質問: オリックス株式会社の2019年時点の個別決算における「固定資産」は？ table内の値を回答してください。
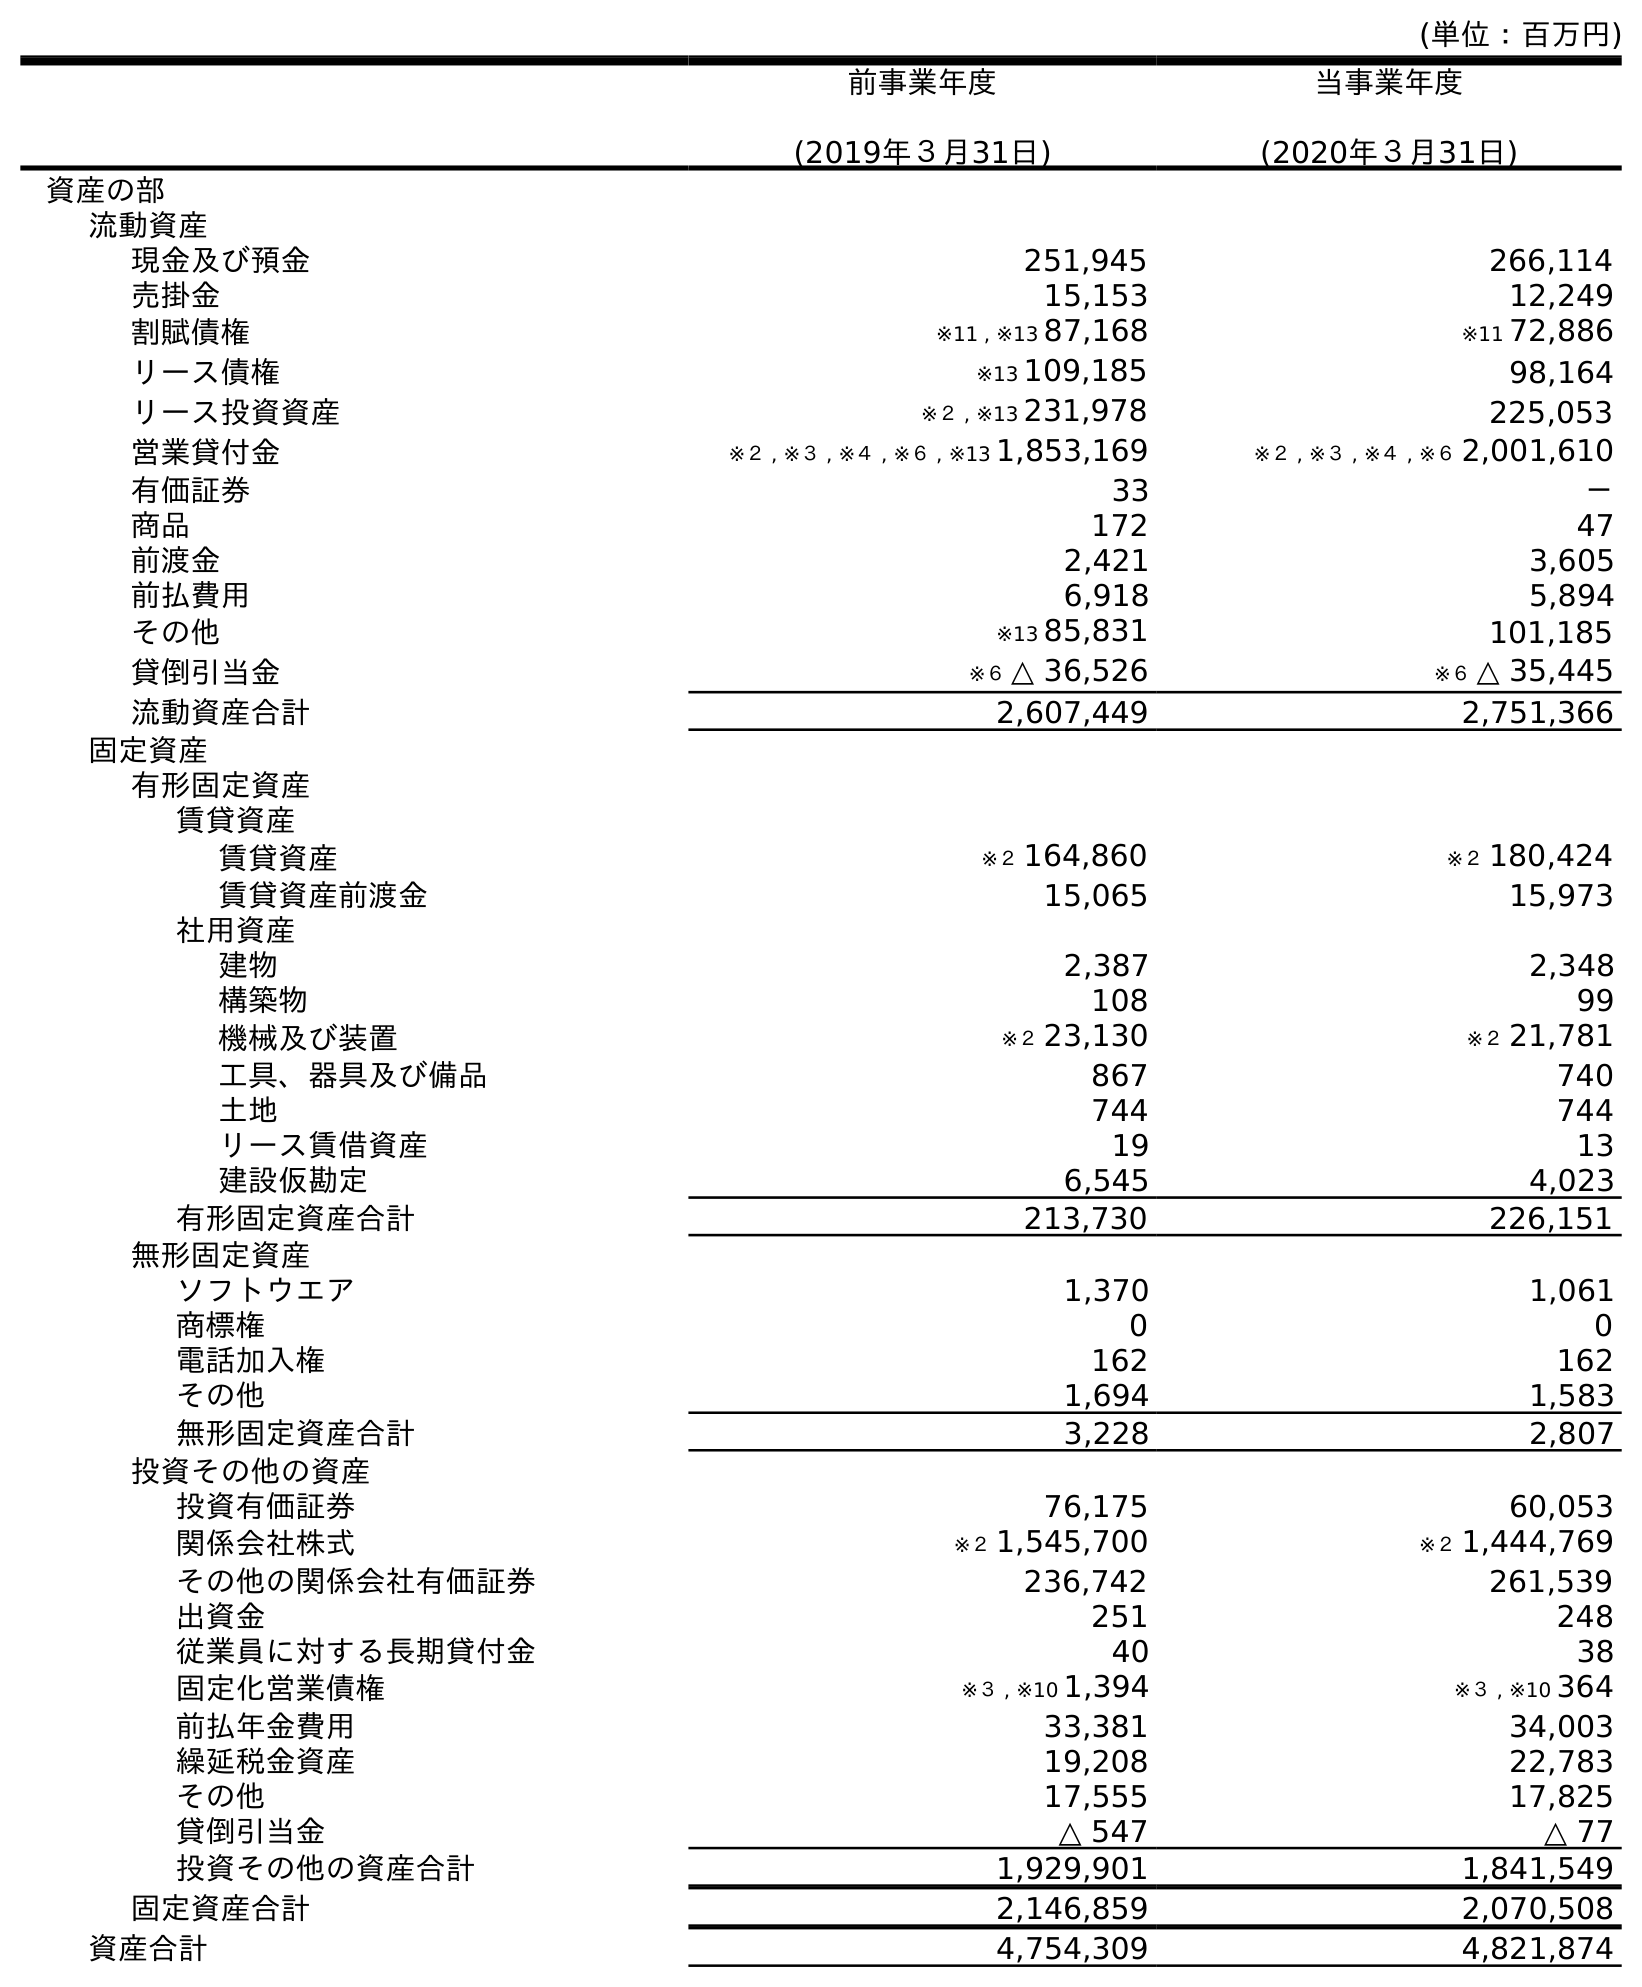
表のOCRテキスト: (単位：百万円) 前事業年度 (2019年３月31日) 当事業年度 (2020年３月31日) 資産の部 流動資産 現金及び預金 251,945 266,114 売掛金 15,153 12,249 割賦債権 ※11 , ※13 87,168 ※11 72,886 リース債権 ※13 109,185 98,164 リース投資資産 ※２ , ※13 231,978 225,053 営業貸付金 ※２ , ※３ , ※４ , ※６ , ※13 1,853,169 ※２ , ※３ , ※４ , ※６ 2,001,610 有価証券 33 － 商品 172 47 前渡金 2,421 3,605 前払費用 6,918 5,894 その他 ※13 85,831 101,185 貸倒引当金 ※６ △ 36,526 ※６ △ 35,445 流動資産合計 2,607,449 2,751,366 固定資産 有形固定資産 賃貸資産 賃貸資産 ※２ 164,860 ※２ 180,424 賃貸資産前渡金 15,065 15,973 社用資産 建物 2,387 2,348 構築物 108 99 機械及び装置 ※２ 23,130 ※２ 21,781 工具、器具及び備品 867 740 土地 744 744 リース賃借資産 19 13 建設仮勘定 6,545 4,023 有形固定資産合計 213,730 226,151 無形固定資産 ソフトウエア 1,370 1,061 商標権 0 0 電話加入権 162 162 その他 1,694 1,583 無形固定資産合計 3,228 2,807 投資その他の資産 投資有価証券 76,175 60,053 関係会社株式 ※２ 1,545,700 ※２ 1,444,769 その他の関係会社有価証券 236,742 261,539 出資金 251 248 従業員に対する長期貸付金 40 38 固定化営業債権 ※３ , ※10 1,394 ※３ , ※10 364 前払年金費用 33,381 34,003 繰延税金資産 19,208 22,783 その他 17,555 17,825 貸倒引当金 △ 547 △ 77 投資その他の資産合計 1,929,901 1,841,549 固定資産合計 2,146,859 2,070,508 資産合計 4,754,309 4,821,874
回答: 2,146,859